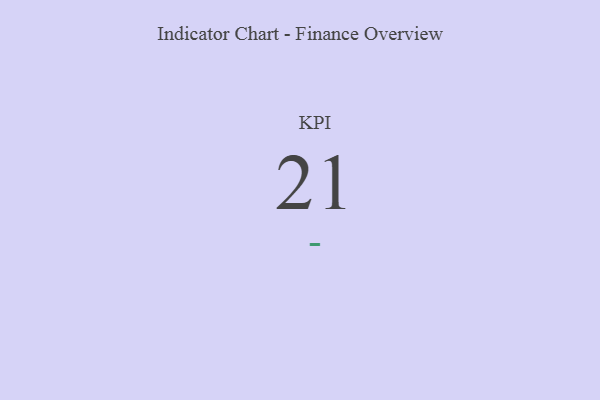
{"axis": {"x": "KPI", "y": "Value"}, "legend": [""], "data": [{"x": "KPI", "y": 21, "type": ""}]}